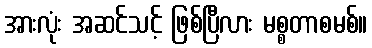
အားလုံး အဆင်သင့် ဖြစ်ပြီလား မစ္စတာစမစ်။